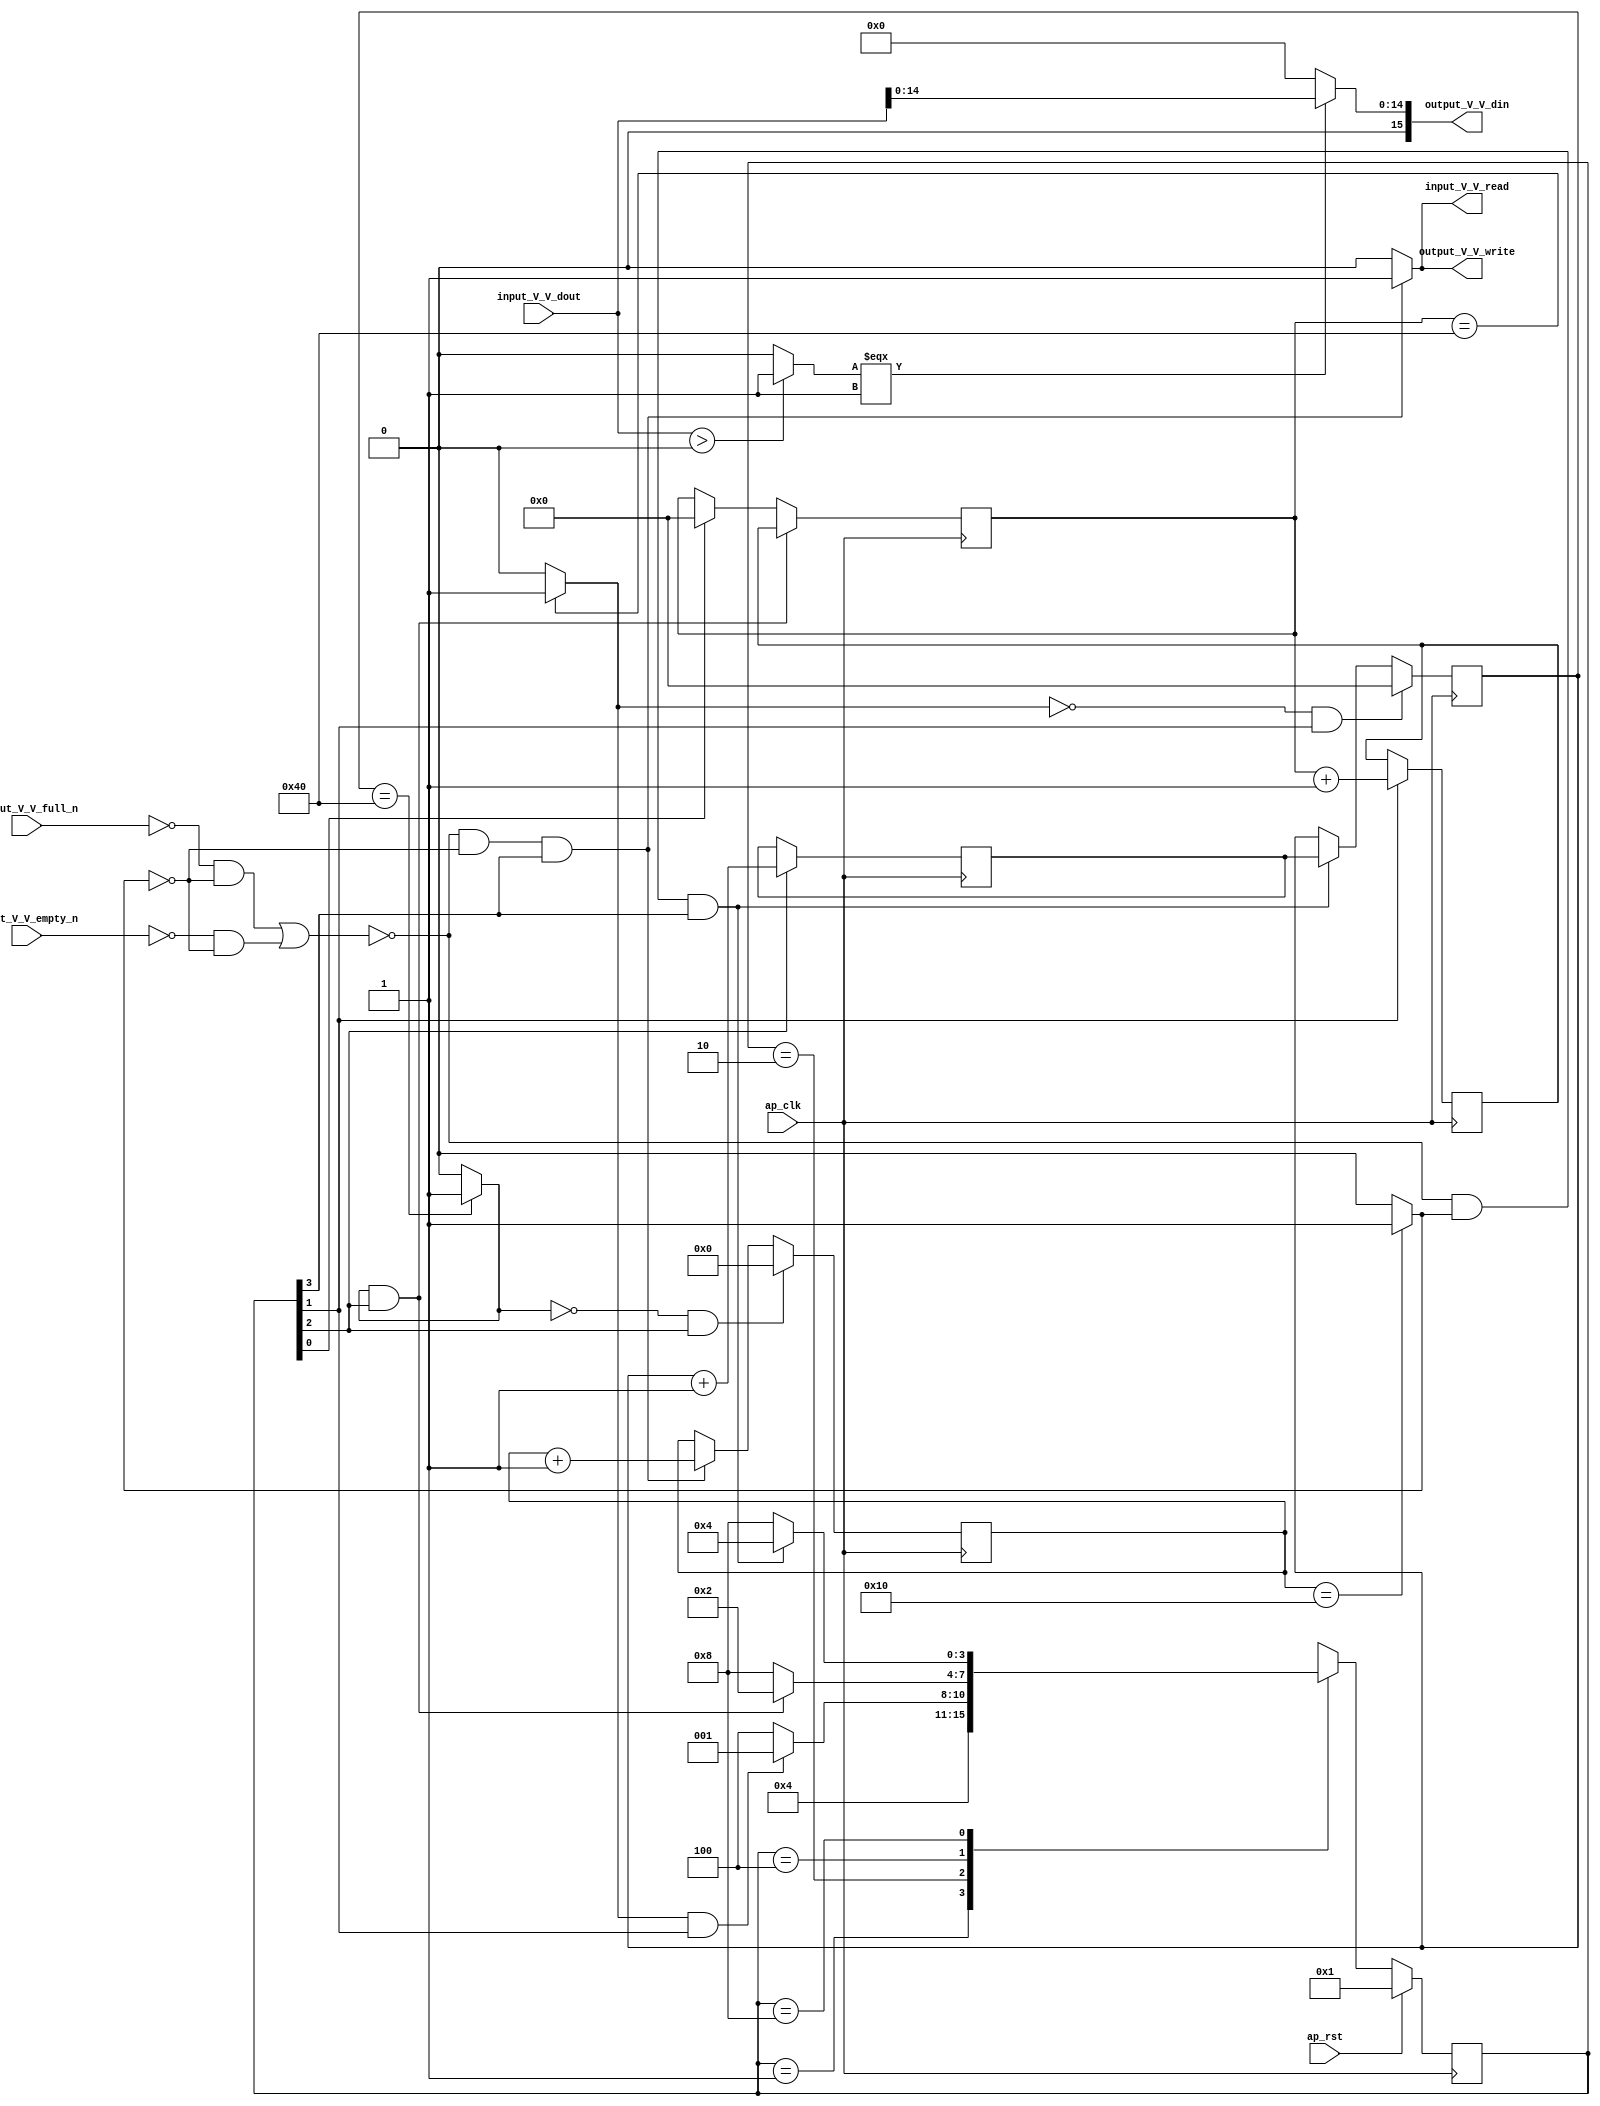
// ==============================================================
// RTL generated by Vivado(TM) HLS - High-Level Synthesis from C, C++ and SystemC
// Version: 2017.4
// Copyright (C) 1986-2017 Xilinx, Inc. All Rights Reserved.
// 
// ===========================================================

`timescale 1 ns / 1 ps 

(* CORE_GENERATION_INFO="relu_9,hls_ip_2017_4,{HLS_INPUT_TYPE=cxx,HLS_INPUT_FLOAT=0,HLS_INPUT_FIXED=1,HLS_INPUT_PART=xczu9eg-ffvb1156-2-e,HLS_INPUT_CLOCK=10.000000,HLS_INPUT_ARCH=others,HLS_SYN_CLOCK=5.258000,HLS_SYN_LAT=73857,HLS_SYN_TPT=none,HLS_SYN_MEM=0,HLS_SYN_DSP=0,HLS_SYN_FF=37,HLS_SYN_LUT=187}" *)

module relu_9 (
        ap_clk,
        ap_rst,
        input_V_V_dout,
        input_V_V_empty_n,
        input_V_V_read,
        output_V_V_din,
        output_V_V_full_n,
        output_V_V_write
);

parameter    ap_ST_fsm_state1 = 4'd1;
parameter    ap_ST_fsm_state2 = 4'd2;
parameter    ap_ST_fsm_state3 = 4'd4;
parameter    ap_ST_fsm_state4 = 4'd8;

input   ap_clk;
input   ap_rst;
input  [15:0] input_V_V_dout;
input   input_V_V_empty_n;
output   input_V_V_read;
output  [15:0] output_V_V_din;
input   output_V_V_full_n;
output   output_V_V_write;

reg input_V_V_read;
reg output_V_V_write;

reg    input_V_V_blk_n;
(* fsm_encoding = "none" *) reg   [3:0] ap_CS_fsm;
wire    ap_CS_fsm_state4;
wire   [0:0] exitcond_fu_122_p2;
reg    output_V_V_blk_n;
wire   [6:0] i_1_fu_104_p2;
reg   [6:0] i_1_reg_160;
wire    ap_CS_fsm_state2;
wire   [6:0] j_1_fu_116_p2;
reg   [6:0] j_1_reg_168;
wire    ap_CS_fsm_state3;
wire   [4:0] k_1_fu_128_p2;
reg    ap_block_state4;
reg   [6:0] i_reg_65;
wire    ap_CS_fsm_state1;
wire   [0:0] exitcond2_fu_110_p2;
reg   [6:0] j_reg_76;
wire   [0:0] exitcond1_fu_98_p2;
reg   [4:0] k_reg_87;
wire   [0:0] tmp_fu_138_p2;
wire   [14:0] tmp_1_fu_134_p1;
wire   [14:0] v_V_fu_144_p3;
reg   [3:0] ap_NS_fsm;

// power-on initialization
initial begin
#0 ap_CS_fsm = 4'd1;
end

always @ (posedge ap_clk) begin
    if (ap_rst == 1'b1) begin
        ap_CS_fsm <= ap_ST_fsm_state1;
    end else begin
        ap_CS_fsm <= ap_NS_fsm;
    end
end

always @ (posedge ap_clk) begin
    if (((exitcond2_fu_110_p2 == 1'd1) & (1'b1 == ap_CS_fsm_state3))) begin
        i_reg_65 <= i_1_reg_160;
    end else if ((1'b1 == ap_CS_fsm_state1)) begin
        i_reg_65 <= 7'd0;
    end
end

always @ (posedge ap_clk) begin
    if (((exitcond1_fu_98_p2 == 1'd0) & (1'b1 == ap_CS_fsm_state2))) begin
        j_reg_76 <= 7'd0;
    end else if ((~(((output_V_V_full_n == 1'b0) & (exitcond_fu_122_p2 == 1'd0)) | ((input_V_V_empty_n == 1'b0) & (exitcond_fu_122_p2 == 1'd0))) & (exitcond_fu_122_p2 == 1'd1) & (1'b1 == ap_CS_fsm_state4))) begin
        j_reg_76 <= j_1_reg_168;
    end
end

always @ (posedge ap_clk) begin
    if (((exitcond2_fu_110_p2 == 1'd0) & (1'b1 == ap_CS_fsm_state3))) begin
        k_reg_87 <= 5'd0;
    end else if ((~(((output_V_V_full_n == 1'b0) & (exitcond_fu_122_p2 == 1'd0)) | ((input_V_V_empty_n == 1'b0) & (exitcond_fu_122_p2 == 1'd0))) & (exitcond_fu_122_p2 == 1'd0) & (1'b1 == ap_CS_fsm_state4))) begin
        k_reg_87 <= k_1_fu_128_p2;
    end
end

always @ (posedge ap_clk) begin
    if ((1'b1 == ap_CS_fsm_state2)) begin
        i_1_reg_160 <= i_1_fu_104_p2;
    end
end

always @ (posedge ap_clk) begin
    if ((1'b1 == ap_CS_fsm_state3)) begin
        j_1_reg_168 <= j_1_fu_116_p2;
    end
end

always @ (*) begin
    if (((exitcond_fu_122_p2 == 1'd0) & (1'b1 == ap_CS_fsm_state4))) begin
        input_V_V_blk_n = input_V_V_empty_n;
    end else begin
        input_V_V_blk_n = 1'b1;
    end
end

always @ (*) begin
    if ((~(((output_V_V_full_n == 1'b0) & (exitcond_fu_122_p2 == 1'd0)) | ((input_V_V_empty_n == 1'b0) & (exitcond_fu_122_p2 == 1'd0))) & (exitcond_fu_122_p2 == 1'd0) & (1'b1 == ap_CS_fsm_state4))) begin
        input_V_V_read = 1'b1;
    end else begin
        input_V_V_read = 1'b0;
    end
end

always @ (*) begin
    if (((exitcond_fu_122_p2 == 1'd0) & (1'b1 == ap_CS_fsm_state4))) begin
        output_V_V_blk_n = output_V_V_full_n;
    end else begin
        output_V_V_blk_n = 1'b1;
    end
end

always @ (*) begin
    if ((~(((output_V_V_full_n == 1'b0) & (exitcond_fu_122_p2 == 1'd0)) | ((input_V_V_empty_n == 1'b0) & (exitcond_fu_122_p2 == 1'd0))) & (exitcond_fu_122_p2 == 1'd0) & (1'b1 == ap_CS_fsm_state4))) begin
        output_V_V_write = 1'b1;
    end else begin
        output_V_V_write = 1'b0;
    end
end

always @ (*) begin
    case (ap_CS_fsm)
        ap_ST_fsm_state1 : begin
            ap_NS_fsm = ap_ST_fsm_state2;
        end
        ap_ST_fsm_state2 : begin
            if (((exitcond1_fu_98_p2 == 1'd1) & (1'b1 == ap_CS_fsm_state2))) begin
                ap_NS_fsm = ap_ST_fsm_state1;
            end else begin
                ap_NS_fsm = ap_ST_fsm_state3;
            end
        end
        ap_ST_fsm_state3 : begin
            if (((exitcond2_fu_110_p2 == 1'd1) & (1'b1 == ap_CS_fsm_state3))) begin
                ap_NS_fsm = ap_ST_fsm_state2;
            end else begin
                ap_NS_fsm = ap_ST_fsm_state4;
            end
        end
        ap_ST_fsm_state4 : begin
            if ((~(((output_V_V_full_n == 1'b0) & (exitcond_fu_122_p2 == 1'd0)) | ((input_V_V_empty_n == 1'b0) & (exitcond_fu_122_p2 == 1'd0))) & (exitcond_fu_122_p2 == 1'd1) & (1'b1 == ap_CS_fsm_state4))) begin
                ap_NS_fsm = ap_ST_fsm_state3;
            end else if ((~(((output_V_V_full_n == 1'b0) & (exitcond_fu_122_p2 == 1'd0)) | ((input_V_V_empty_n == 1'b0) & (exitcond_fu_122_p2 == 1'd0))) & (exitcond_fu_122_p2 == 1'd0) & (1'b1 == ap_CS_fsm_state4))) begin
                ap_NS_fsm = ap_ST_fsm_state4;
            end else begin
                ap_NS_fsm = ap_ST_fsm_state4;
            end
        end
        default : begin
            ap_NS_fsm = 'bx;
        end
    endcase
end

assign ap_CS_fsm_state1 = ap_CS_fsm[32'd0];

assign ap_CS_fsm_state2 = ap_CS_fsm[32'd1];

assign ap_CS_fsm_state3 = ap_CS_fsm[32'd2];

assign ap_CS_fsm_state4 = ap_CS_fsm[32'd3];

always @ (*) begin
    ap_block_state4 = (((output_V_V_full_n == 1'b0) & (exitcond_fu_122_p2 == 1'd0)) | ((input_V_V_empty_n == 1'b0) & (exitcond_fu_122_p2 == 1'd0)));
end

assign exitcond1_fu_98_p2 = ((i_reg_65 == 7'd64) ? 1'b1 : 1'b0);

assign exitcond2_fu_110_p2 = ((j_reg_76 == 7'd64) ? 1'b1 : 1'b0);

assign exitcond_fu_122_p2 = ((k_reg_87 == 5'd16) ? 1'b1 : 1'b0);

assign i_1_fu_104_p2 = (i_reg_65 + 7'd1);

assign j_1_fu_116_p2 = (j_reg_76 + 7'd1);

assign k_1_fu_128_p2 = (k_reg_87 + 5'd1);

assign output_V_V_din = v_V_fu_144_p3;

assign tmp_1_fu_134_p1 = input_V_V_dout[14:0];

assign tmp_fu_138_p2 = (($signed(input_V_V_dout) > $signed(16'd0)) ? 1'b1 : 1'b0);

assign v_V_fu_144_p3 = ((tmp_fu_138_p2[0:0] === 1'b1) ? tmp_1_fu_134_p1 : 15'd0);

endmodule //relu_9